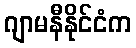
ဂျာမနီနိုင်ငံက